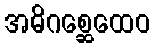
အဓိဂစ္ဆေထေဝ